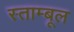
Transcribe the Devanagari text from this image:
स्ताम्बूल